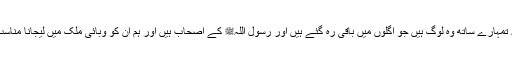
بعض نے کہا کہ تمہارے ساتھ وہ لوگ ہیں جو اگلوں میں باقی رہ گئے ہیں اور رسول اللہﷺ کے اصحاب ہیں اور ہم ان کو وبائی ملک میں لیجانا مناسب نہیں سمجھتے۔